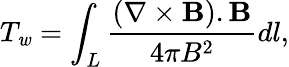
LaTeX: T_{\mathit{w}}=\displaystyle\int_{L}\frac{(\nabla\times\mathbf{B}).\mathbf{B}}{4\pi B^{2}}dl,